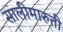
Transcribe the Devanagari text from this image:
सालीमारुती